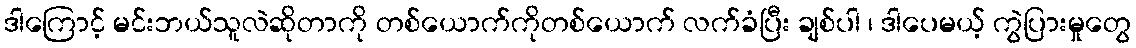
ဒါကြောင့် မင်းဘယ်သူလဲဆိုတာကို တစ်ယောက်ကိုတစ်ယောက် လက်ခံပြီး ချစ်ပါ ၊ ဒါပေမယ့် ကွဲပြားမှုတွေ